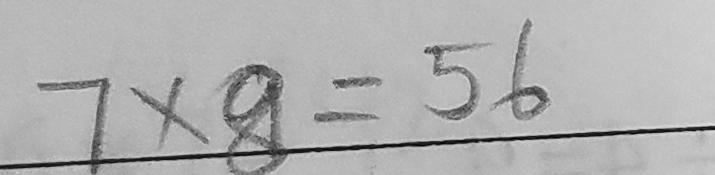
7 \times 8 = 5 6